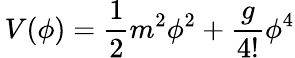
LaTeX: \, V(\phi)={\frac{1}{2}}m^{2}\phi^{2}+{\frac{g}{4!}}\phi^{4}